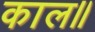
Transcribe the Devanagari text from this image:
काल॥